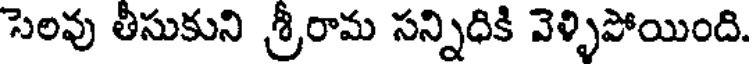
సెలవు తీసుకుని శ్రీరామ సన్నిధికి వెళ్ళిపోయింది.